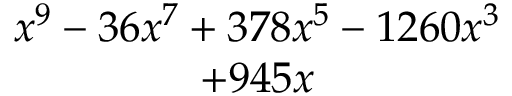
\begin{array} { c } { x ^ { 9 } - 3 6 x ^ { 7 } + 3 7 8 x ^ { 5 } - 1 2 6 0 x ^ { 3 } } \\ { + 9 4 5 x } \end{array}